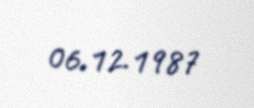
06.12.1987